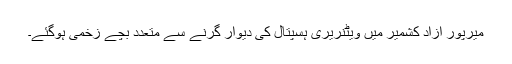
میرپور آزاد کشمیر میں ویٹنریری ہسپتال کی دیوار گرنے سے متعدد بچے زخمی ہوگئے۔